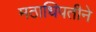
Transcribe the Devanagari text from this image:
मठाधिपतीने